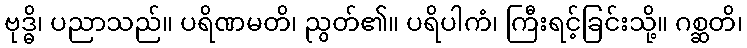
ဗုဒ္ဓိ၊ ပညာသည်။ ပရိဏမတိ၊ ညွတ်၏။ ပရိပါကံ၊ ကြီးရင့်ခြင်းသို့။ ဂစ္ဆတိ၊